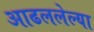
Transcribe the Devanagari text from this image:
आढललेल्या